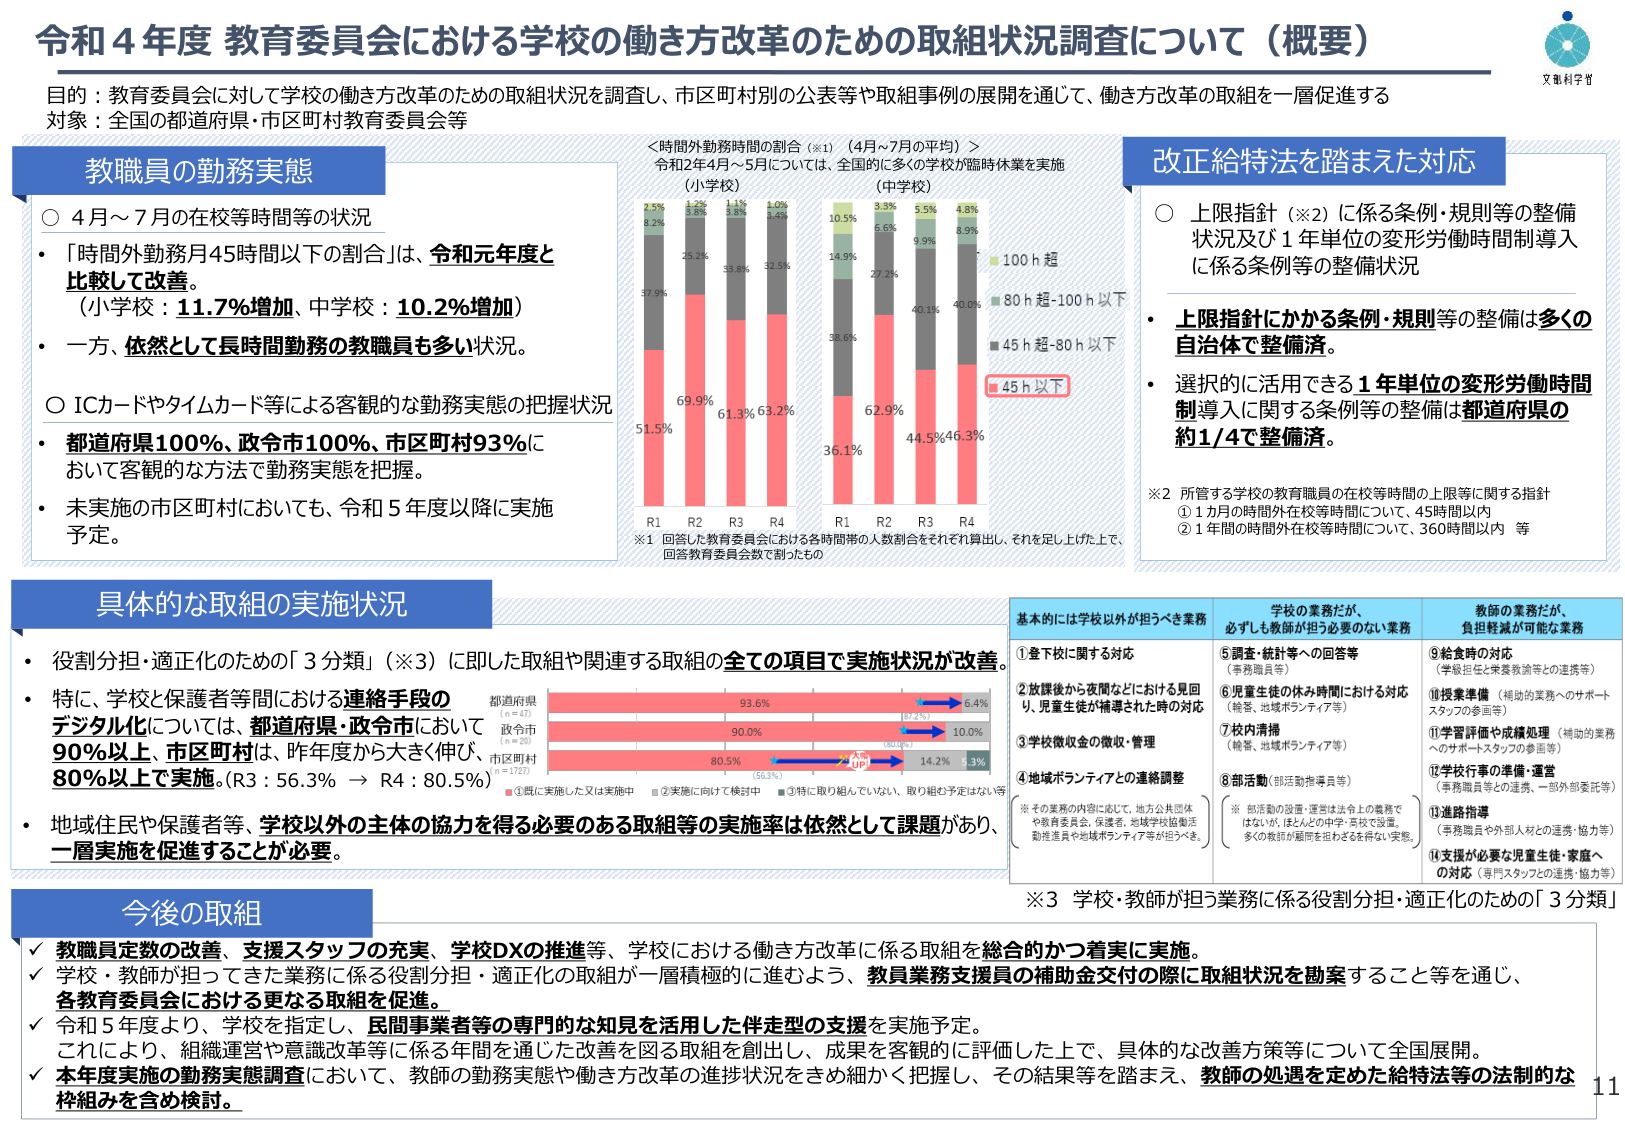
令和4年度 教育委員会における学校の働き方改革のための取組状況調査について（概要）

目的：教育委員会に対して学校の働き方改革のための取組状況を調査し、市区町村別の公表等や取組事例の展開を通じて、働き方改革の取組を一層促進する
対象：全国の都道府県・市区町村教育委員会等

教職員の勤務実態
○ 4月～7月の在校等時間等の状況
・「時間外勤務月45時間以下の割合」は、令和元年度と比較して改善。
（小学校：11.7%増加、中学校：10.2%増加）
・一方、依然として長時間勤務の教職員も多い状況。

○ ICカードやタイムカード等による客観的な勤務実態の把握状況
・都道府県100%、政令市100%、市区町村93%において客観的な方法で勤務実態を把握。
・未実施の市区町村においても、令和5年度以降に実施予定。

＜時間外勤務時間の割合（※1）（4月～7月の平均）＞
令和2年4月～5月については、全国に多くの学校が臨時休業を実施

（小学校）
R1：51.5%（45h以下）、37.9%（45h超-80h以下）、8.2%（80h超-100h以下）、2.5%（100h超）
R2：69.9%（45h以下）、25.2%（45h超-80h以下）、3.8%（80h超-100h以下）、1.2%（100h超）
R3：61.3%（45h以下）、33.8%（45h超-80h以下）、3.8%（80h超-100h以下）、1.1%（100h超）
R4：63.2%（45h以下）、32.5%（45h超-80h以下）、3.4%（80h超-100h以下）、1.0%（100h超）

（中学校）
R1：36.1%（45h以下）、38.6%（45h超-80h以下）、14.9%（80h超-100h以下）、10.5%（100h超）
R2：62.9%（45h以下）、27.2%（45h超-80h以下）、5.6%（80h超-100h以下）、3.3%（100h超）
R3：44.5%（45h以下）、40.1%（45h超-80h以下）、9.9%（80h超-100h以下）、5.5%（100h超）
R4：46.3%（45h以下）、40.0%（45h超-80h以下）、8.9%（80h超-100h以下）、4.8%（100h超）

※1 回答した教育委員会における各時間帯の人数割合をそれぞれ算出し、それを足し上げた上で、回答教育委員会数で割ったもの

改正給特法へ踏まえた対応
○ 上限指針（※2）に係る条例・規則等の整備状況及び1年単位の変形労働時間制導入に係る条例等の整備状況
・上限指針にかかる条例・規則等の整備は多くの自治体で整備済。
・選択的に活用できる1年単位の変形労働時間制導入に関する条例等の整備は都道府県の約1/4で整備済。

※2 所管する学校の教育職員の在校等時間の上限等に関する指針
① 1カ月の時間外在校等時間について、45時間以内
② 1年間の時間外在校等時間について、360時間以内 等

具体的な取組の実施状況
・役割分担・適正化のための「3分類」（※3）に即した取組や関連する取組の全ての項目で実施状況が改善。
・特に、学校と保護者等間における連絡手段のデジタル化については、都道府県・政令市において90%以上、市区町村は、昨年度から大きく伸び、80%以上で実施。（R3：56.3% → R4：80.5%）
・地域住民や保護者等、学校以外の主体の協力を得る必要のある取組等の実施率は依然として課題があり、一層実施を促進することが必要。

都道府県（n=47）：93.6% → 6.4%
政令市（n=20）：90.0% → 10.0%
市区町村（n=1721）：80.5% → 14.2% → 5.3%

■①既に実施した又は実施中
■②実施に向けて検討中
■③特に取り組んでいない、取り組む予定はない等

基本的には学校以外が担うべき業務
①登下校に関する対応
②放課後から夜間などにおける見回り、児童生徒が補導された時の対応
③学校徴収金の徴収・管理
④地域ボランティアとの連絡調整

※その業務の内容に応じて、地方公共団体や教育委員会、保護者、地域学校協働活動推進員や地域ボランティア等が担うべき。

学校の業務だが、必ずしも教師が担う必要のない業務
⑤調査・統計等への回答等（事務職員等）
⑥児童生徒の休み時間における対応（給食、地域ボランティア等）
⑦校内清掃（給食、地域ボランティア等）
⑧部活動（部活動指導員等）

教師の業務だが、負担軽減が可能な業務
⑨給食時の対応（学校給食と栄養教諭等との連携等）
⑩授業準備（補助的業務へのサポートスタッフの参画等）
⑪学習評価や成績処理（補助的業務へのサポートスタッフの参画等）
⑫学校行事の準備・運営（事務職員等との連携、一部外部委託等）
⑬進路指導（事務職員や外部人材との連携・協力等）
⑭支援が必要な児童生徒・家庭への対応（専門スタッフとの連携・協力等）

※3 学校・教師が担う業務に係る役割分担・適正化のための「3分類」

今後の取組
✓ 教職員定数の改善、支援スタッフの充実、学校DXの推進等、学校における働き方改革に係る取組を総合的かつ着実に実施。
✓ 学校・教師が担ってきた業務に係る役割分担・適正化の取組が一層積極的に進むよう、教員業務支援員の補助金交付の際に取組状況を勘案すること等を通じ、各教育委員会における更なる取組を促進。
✓ 令和5年度より、学校を指定し、民間事業者等の専門的な知見を活用した伴走型の支援を実施予定。
　これにより、組織運営や意識改革等に係る年間を通じた改善を図る取組を創出し、成果を客観的に評価した上で、具体的な改善方策等について全国展開。
✓ 本年度実施の勤務実態調査において、教師の勤務実態や働き方改革の進捗状況をきめ細かく把握し、その結果等を踏まえ、教師の処遇を定めた給特法等の法制的な枠組みを含め検討。

文部科学省
11